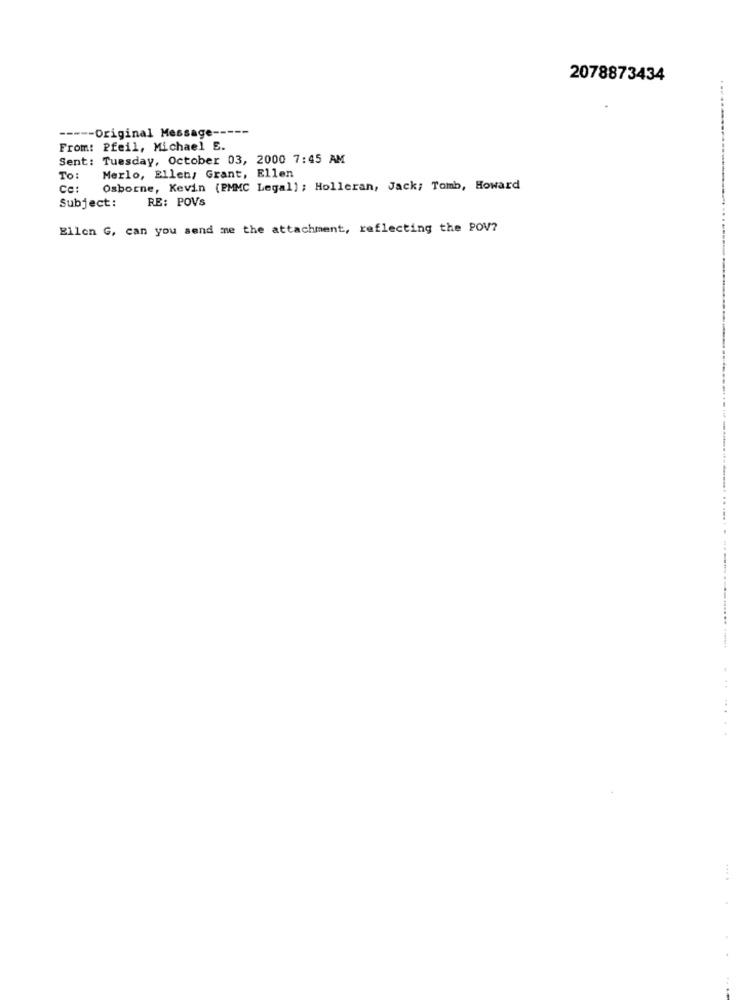
2078873434
----- Original Message ---
From: Pfeil, Michael E.
Sent: Tuesday, October 03, 2000 7:45 AM
To:
Merlo, Ellen, Grant, Ellen
Ca:
Osborne, Kevin (EMMC Legal) ; Holleran, Jack; Tomb, Howard
Subject:
RE: POVS
Ellen G, can you send me the attachment, reflecting the POV?